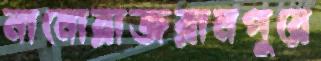
নামোরাজরামপুরে